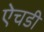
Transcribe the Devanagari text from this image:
ऐचडी